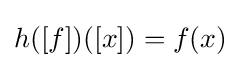
h([f])([x])=f(x)